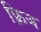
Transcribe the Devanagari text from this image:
फ़्रिज